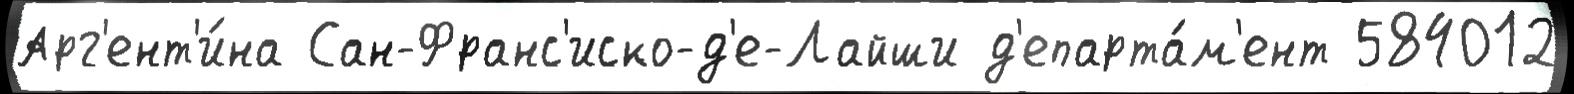
Арг'ент'и́на Сан-Франс'иско-д'е-Лайши д'епарта́м'ент 584012